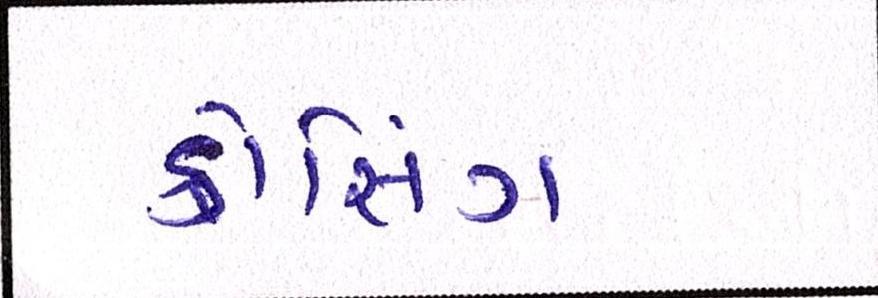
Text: ક્રોસિંગ